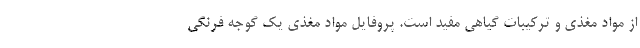
از مواد مغذی و ترکیبات گیاهی مفید است. پروفایل مواد مغذی یک گوجه فرنگی